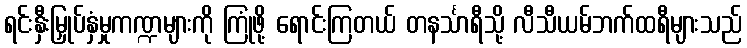
ရင်းနှီးမြှုပ်နှံမှုကဏ္ဍများကို ကြုံဖို့ ရောင်းကြတယ် တနင်္သာရီသို့ လီသီယမ်ဘက်ထရီများသည်